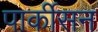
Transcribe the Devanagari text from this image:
पार्कीसन